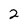
Character: 2